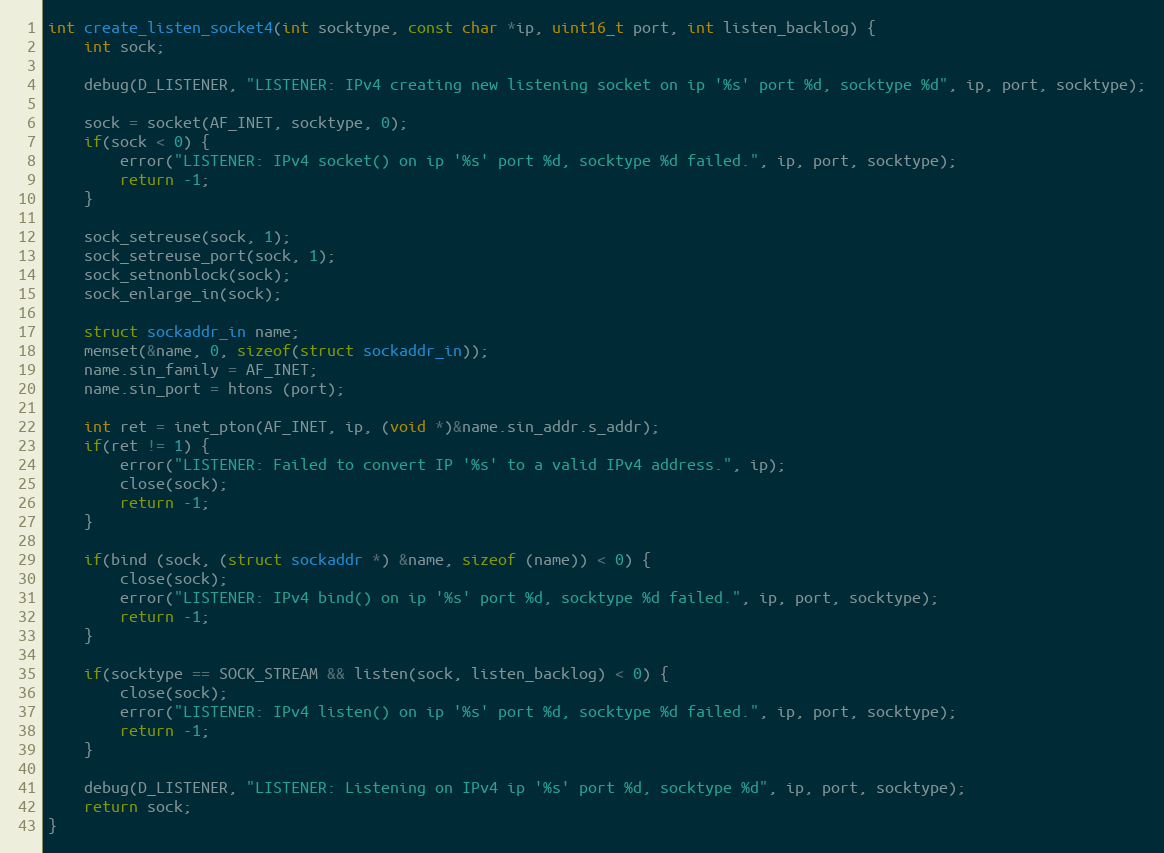
Language: C
int create_listen_socket4(int socktype, const char *ip, uint16_t port, int listen_backlog) {
    int sock;

    debug(D_LISTENER, "LISTENER: IPv4 creating new listening socket on ip '%s' port %d, socktype %d", ip, port, socktype);

    sock = socket(AF_INET, socktype, 0);
    if(sock < 0) {
        error("LISTENER: IPv4 socket() on ip '%s' port %d, socktype %d failed.", ip, port, socktype);
        return -1;
    }

    sock_setreuse(sock, 1);
    sock_setreuse_port(sock, 1);
    sock_setnonblock(sock);
    sock_enlarge_in(sock);

    struct sockaddr_in name;
    memset(&name, 0, sizeof(struct sockaddr_in));
    name.sin_family = AF_INET;
    name.sin_port = htons (port);

    int ret = inet_pton(AF_INET, ip, (void *)&name.sin_addr.s_addr);
    if(ret != 1) {
        error("LISTENER: Failed to convert IP '%s' to a valid IPv4 address.", ip);
        close(sock);
        return -1;
    }

    if(bind (sock, (struct sockaddr *) &name, sizeof (name)) < 0) {
        close(sock);
        error("LISTENER: IPv4 bind() on ip '%s' port %d, socktype %d failed.", ip, port, socktype);
        return -1;
    }

    if(socktype == SOCK_STREAM && listen(sock, listen_backlog) < 0) {
        close(sock);
        error("LISTENER: IPv4 listen() on ip '%s' port %d, socktype %d failed.", ip, port, socktype);
        return -1;
    }

    debug(D_LISTENER, "LISTENER: Listening on IPv4 ip '%s' port %d, socktype %d", ip, port, socktype);
    return sock;
}